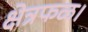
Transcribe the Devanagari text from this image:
क्षेत्रफळ।